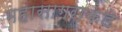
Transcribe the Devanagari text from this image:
महासागराकडे